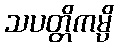
သပတ္တိကမ္ပိ